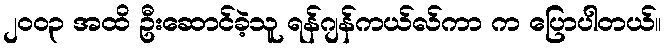
၂၀၀၃ အထိ ဦးဆောင်ခဲ့သူ ရန်ဂျန်ကယ်လ်ကာ က ပြောပါတယ်။